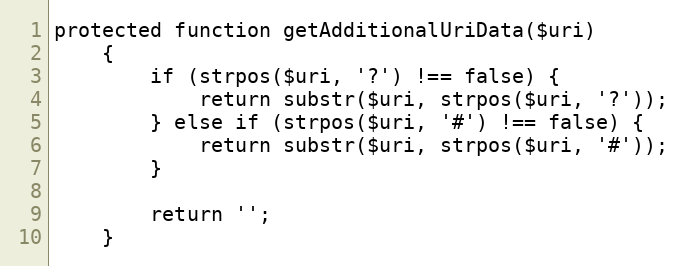
Language: PHP
protected function getAdditionalUriData($uri)
    {
        if (strpos($uri, '?') !== false) {
            return substr($uri, strpos($uri, '?'));
        } else if (strpos($uri, '#') !== false) {
            return substr($uri, strpos($uri, '#'));
        }

        return '';
    }